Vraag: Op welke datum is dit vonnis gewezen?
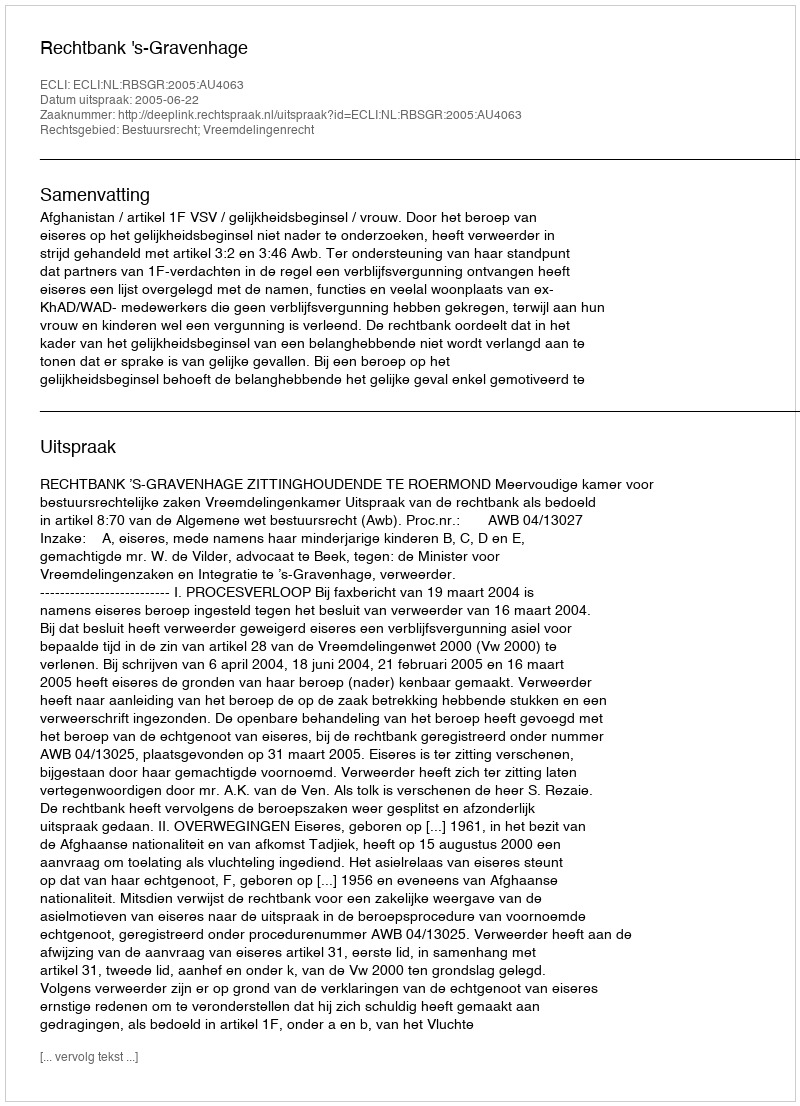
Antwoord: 2005-06-22